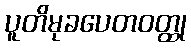
ပူတိမုခပေတဝတ္ထု